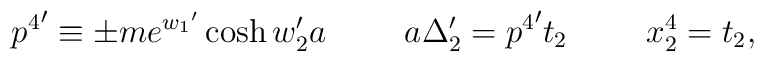
{p^{4}}^{\prime} \equiv \pm m e^{{w_{1}}^{\prime}} \cosh w_{2}^{\prime} a   \hspace{1cm}  a \Delta_{2}^{\prime} = {p^{4}}^{\prime} t_{2} \hspace{1cm} x_{2}^{4} = t_{2},